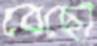
বেছো